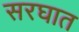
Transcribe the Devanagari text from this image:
सरघात